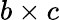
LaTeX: b\times c